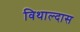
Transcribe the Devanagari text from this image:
विथाल्दास